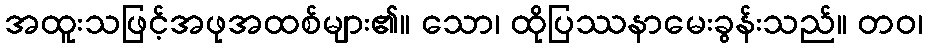
အထူးသဖြင့်အဖုအထစ်များ၏။ သော၊ ထိုပြဿနာမေးခွန်းသည်။ တဝ၊